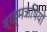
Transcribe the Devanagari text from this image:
ब्रह्मऋषियों